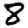
Digit: 8